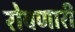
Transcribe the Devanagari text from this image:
रोवणारी